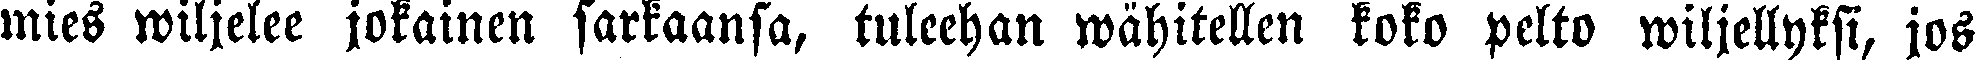
mies wiljelee jokainen sarkaansa, tuleehan wähitellen koko pelto wiljellyksi, jos